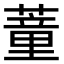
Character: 蕫